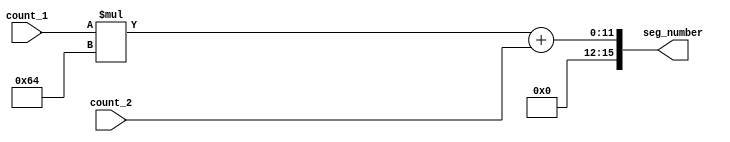
`timescale 1ns / 1ps
//////////////////////////////////////////////////////////////////////////////////
// Company: 
// Engineer: 
// 
// Design Name: 
// Module Name: display_split
// Project Name: 
// Target Devices: 
// Tool Versions: 
// Description: 
// 
// Dependencies: 
// 
// Revision:
// Revision 0.01 - File Created
// Additional Comments:
// 
//////////////////////////////////////////////////////////////////////////////////


module display_split(
    input [3:0] count_1,
    input [3:0] count_2,
    output reg [15:0] seg_number
    );
    
reg [15:0] multiplied;

always @(*)
begin
    multiplied = count_1*100;
    seg_number = multiplied + count_2;
end
endmodule